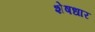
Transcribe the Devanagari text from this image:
शेषधार